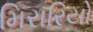
મિરારિયો